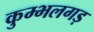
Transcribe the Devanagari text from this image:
कुम्भलगड़